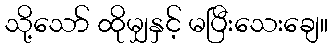
သို့သော် ထိုမျှနှင့် မပြီးသေးချေ။